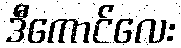
ဒီကောင်လေး